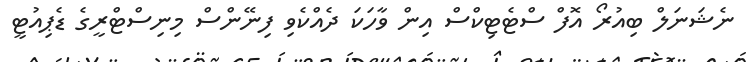
ނެޝަނަލް ބިއުރޯ އޮފް ސްޓެޓިކްސް އިން ވާހަކަ ދެއްކެވި ފިނޭންސް މިނިސްޓްރީގެ ޑެޕިއުޓީ